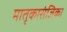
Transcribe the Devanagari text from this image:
मातृकासंज्ञिका